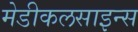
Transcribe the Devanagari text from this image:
मेडीकलसाइन्स